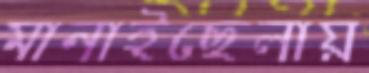
মানাইছেলায়